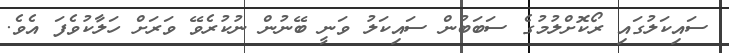
ސައިކަލުގައި ރޯކޮށްލުމުގެ ސަބަބުން ސައިކަލު ވަނީ ބޭނުން ނުކުރެވޭ ވަރަށް ހަލާކުވެފަ އެވެ.